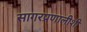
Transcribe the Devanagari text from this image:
सागरप्रणालीशी